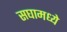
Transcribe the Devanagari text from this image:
सघामध्ये